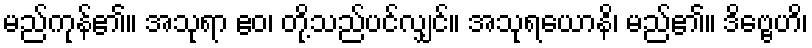
မည်ကုန်၏။ အသုရာ ဧဝ၊ တို့သည်ပင်လျှင်။ အသုရယောနိ၊ မည်၏။ ဒိဗ္ဗေဟိ၊